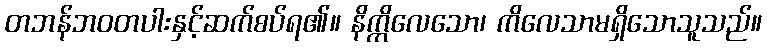
တဘန်ဘဝတပါးနှင့်ဆက်စပ်ရ၏။ နိက္ကိလေသော၊ ကိလေသာမရှိသောသူသည်။